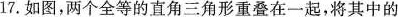
17.如图，两个全等的直角三角形重叠在一起，将其中的